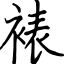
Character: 裱